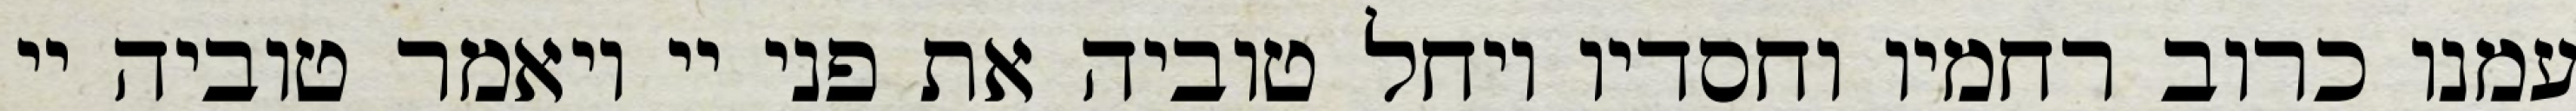
עמנו כרוב רחמיו וחסדיו ויחל טוביה את פני יי ויאמר טוביה יי